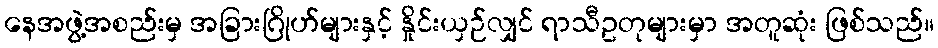
နေအဖွဲ့အစည်းမှ အခြားဂြိုဟ်များနှင့် နှိုင်းယှဉ်လျှင် ရာသီဥတုများမှာ အတူဆုံး ဖြစ်သည်။